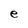
Character: e